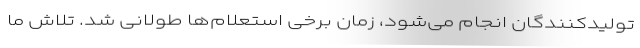
تولیدکنندگان انجام می‌شود، زمان برخی استعلام‌ها طولانی شد. تلاش ما